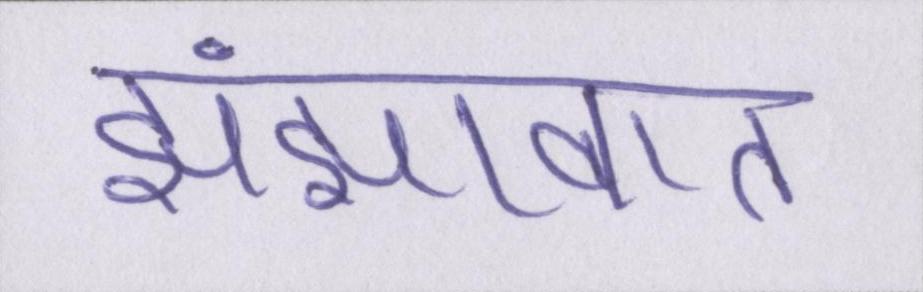
झंझावात